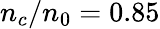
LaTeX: n_{c}/n_{0}=0.85